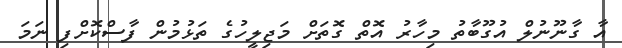
އާ ގާނޫނުލް އުގޫބާތު މިހާރު އޮތް ގޮތަށް މަޖިލީހުގެ ތަޅުމުން ފާސްކޮށްފި ނަމަ